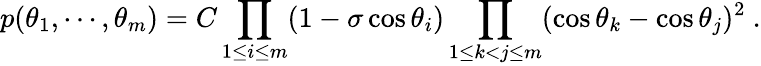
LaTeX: p(\theta_{1},\cdots,\theta_{m})=C\prod_{1\leq i\leq m}(1-\sigma\cos\theta_{i})\prod_{1\leq k<j\leq m}(\cos\theta_{k}-\cos\theta_{j})^{2}~.